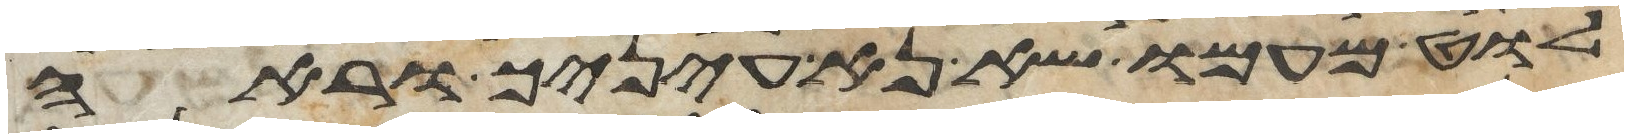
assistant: לוט מעמו שא נא עיניך וראה